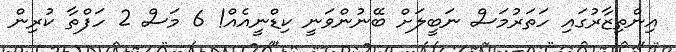
އިންތިޒާރުގައި ހަތަރުމަސް ނަބީލަށް ބޭނުންވަނީ ކިޑްނީއެއް! 6 މަސް 2 ހަފްތާ ކުރިން